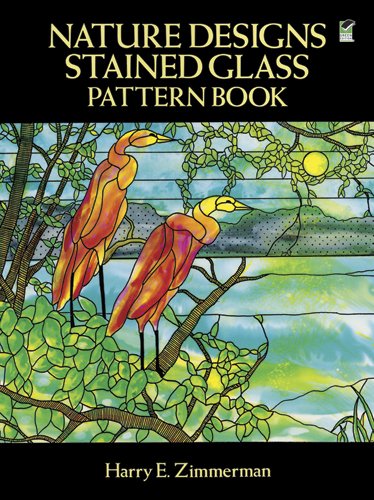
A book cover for Nature Designs Stained Glass Pattern Book (Dover Stained Glass Instruction); Harry E. Zimmerman; Crafts, Hobbies & Home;